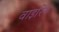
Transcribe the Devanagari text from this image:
वाइरिंग